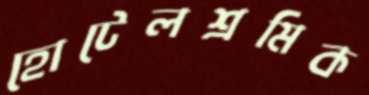
হোটেলশ্রমিক